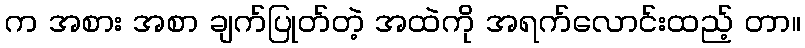
က အစား အစာ ချက်ပြုတ်တဲ့ အထဲကို အရက်လောင်းထည့် တာ။